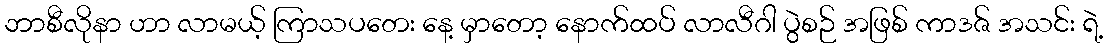
ဘာစီလိုနာ ဟာ လာမယ့် ကြာသပတေး နေ့ မှာတော့ နောက်ထပ် လာလီဂါ ပွဲစဉ် အဖြစ် ကာဒဇ် အသင်း ရဲ့